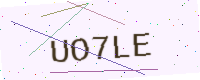
Text: UO7LE